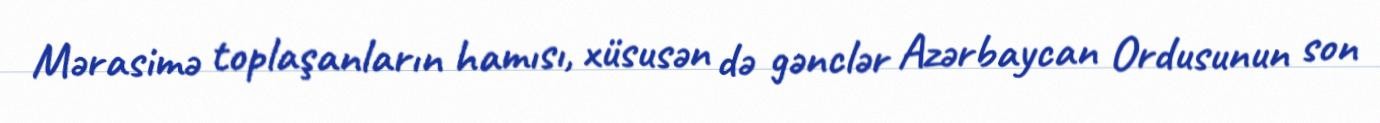
Mərasimə toplaşanların hamısı, xüsusən də gənclər Azərbaycan Ordusunun son